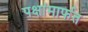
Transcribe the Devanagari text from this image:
पक्षांमार्फत